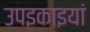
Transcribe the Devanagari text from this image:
उपइकाइयां